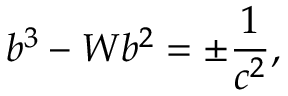
b ^ { 3 } - W b ^ { 2 } = \pm \frac { 1 } { c ^ { 2 } } ,